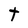
Character: t